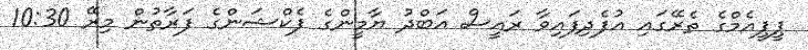
ޕީޕީއެމްގެ ތެރޭގައި އުފެދިފައިވާ ރައީސް އަބްދު ޔާމީންގެ ފެކްޝަންގެ ފަރާތުން މިރޭ 10:30